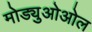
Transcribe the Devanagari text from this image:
मोड्युओओल